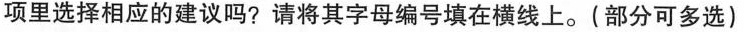
项里选择相应的建议吗？请将其字母编号填写在横线上。（部分可多选）